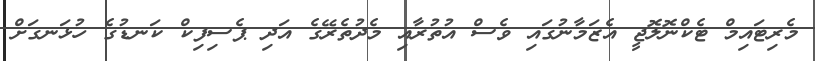
މެރިޓައިމް ޓެކްނޮލޮޖީ އެޒަމާނުގައި ވެސް އުތުރާއި މެދުތެރޭގެ އަދި ޕެސިފިކް ކަނޑުގެ ހުޅަނގަށް